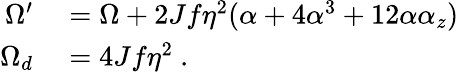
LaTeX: \begin{array}{rl}{\Omega^{\prime}}&{{}=\Omega+2Jf\eta^{2}(\alpha+4\alpha^{3}+12\alpha\alpha_{z})}\\ {\Omega_{d}}&{{}=4Jf\eta^{2}\ .}\end{array}